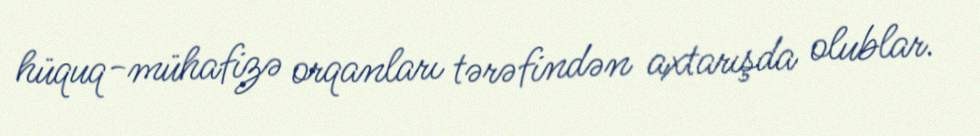
hüquq-mühafizə orqanları tərəfindən axtarışda olublar.